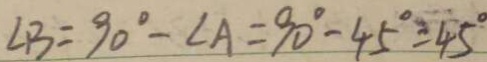
\angle B = 9 0 ^ { \circ } - \angle A = 9 0 ^ { \circ } - 4 5 ^ { \circ } = 4 5 ^ { \circ }